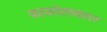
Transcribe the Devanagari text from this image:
फायदेतत्त्वावर